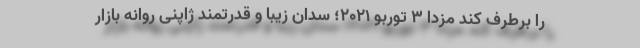
را برطرف کند مزدا 3 توربو 2021؛ سدان زیبا و قدرتمند ژاپنی روانه بازار